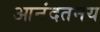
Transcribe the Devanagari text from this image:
आनंदतनय